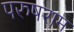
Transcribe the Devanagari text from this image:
परुषराम